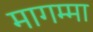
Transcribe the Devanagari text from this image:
मागम्मा